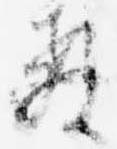
教